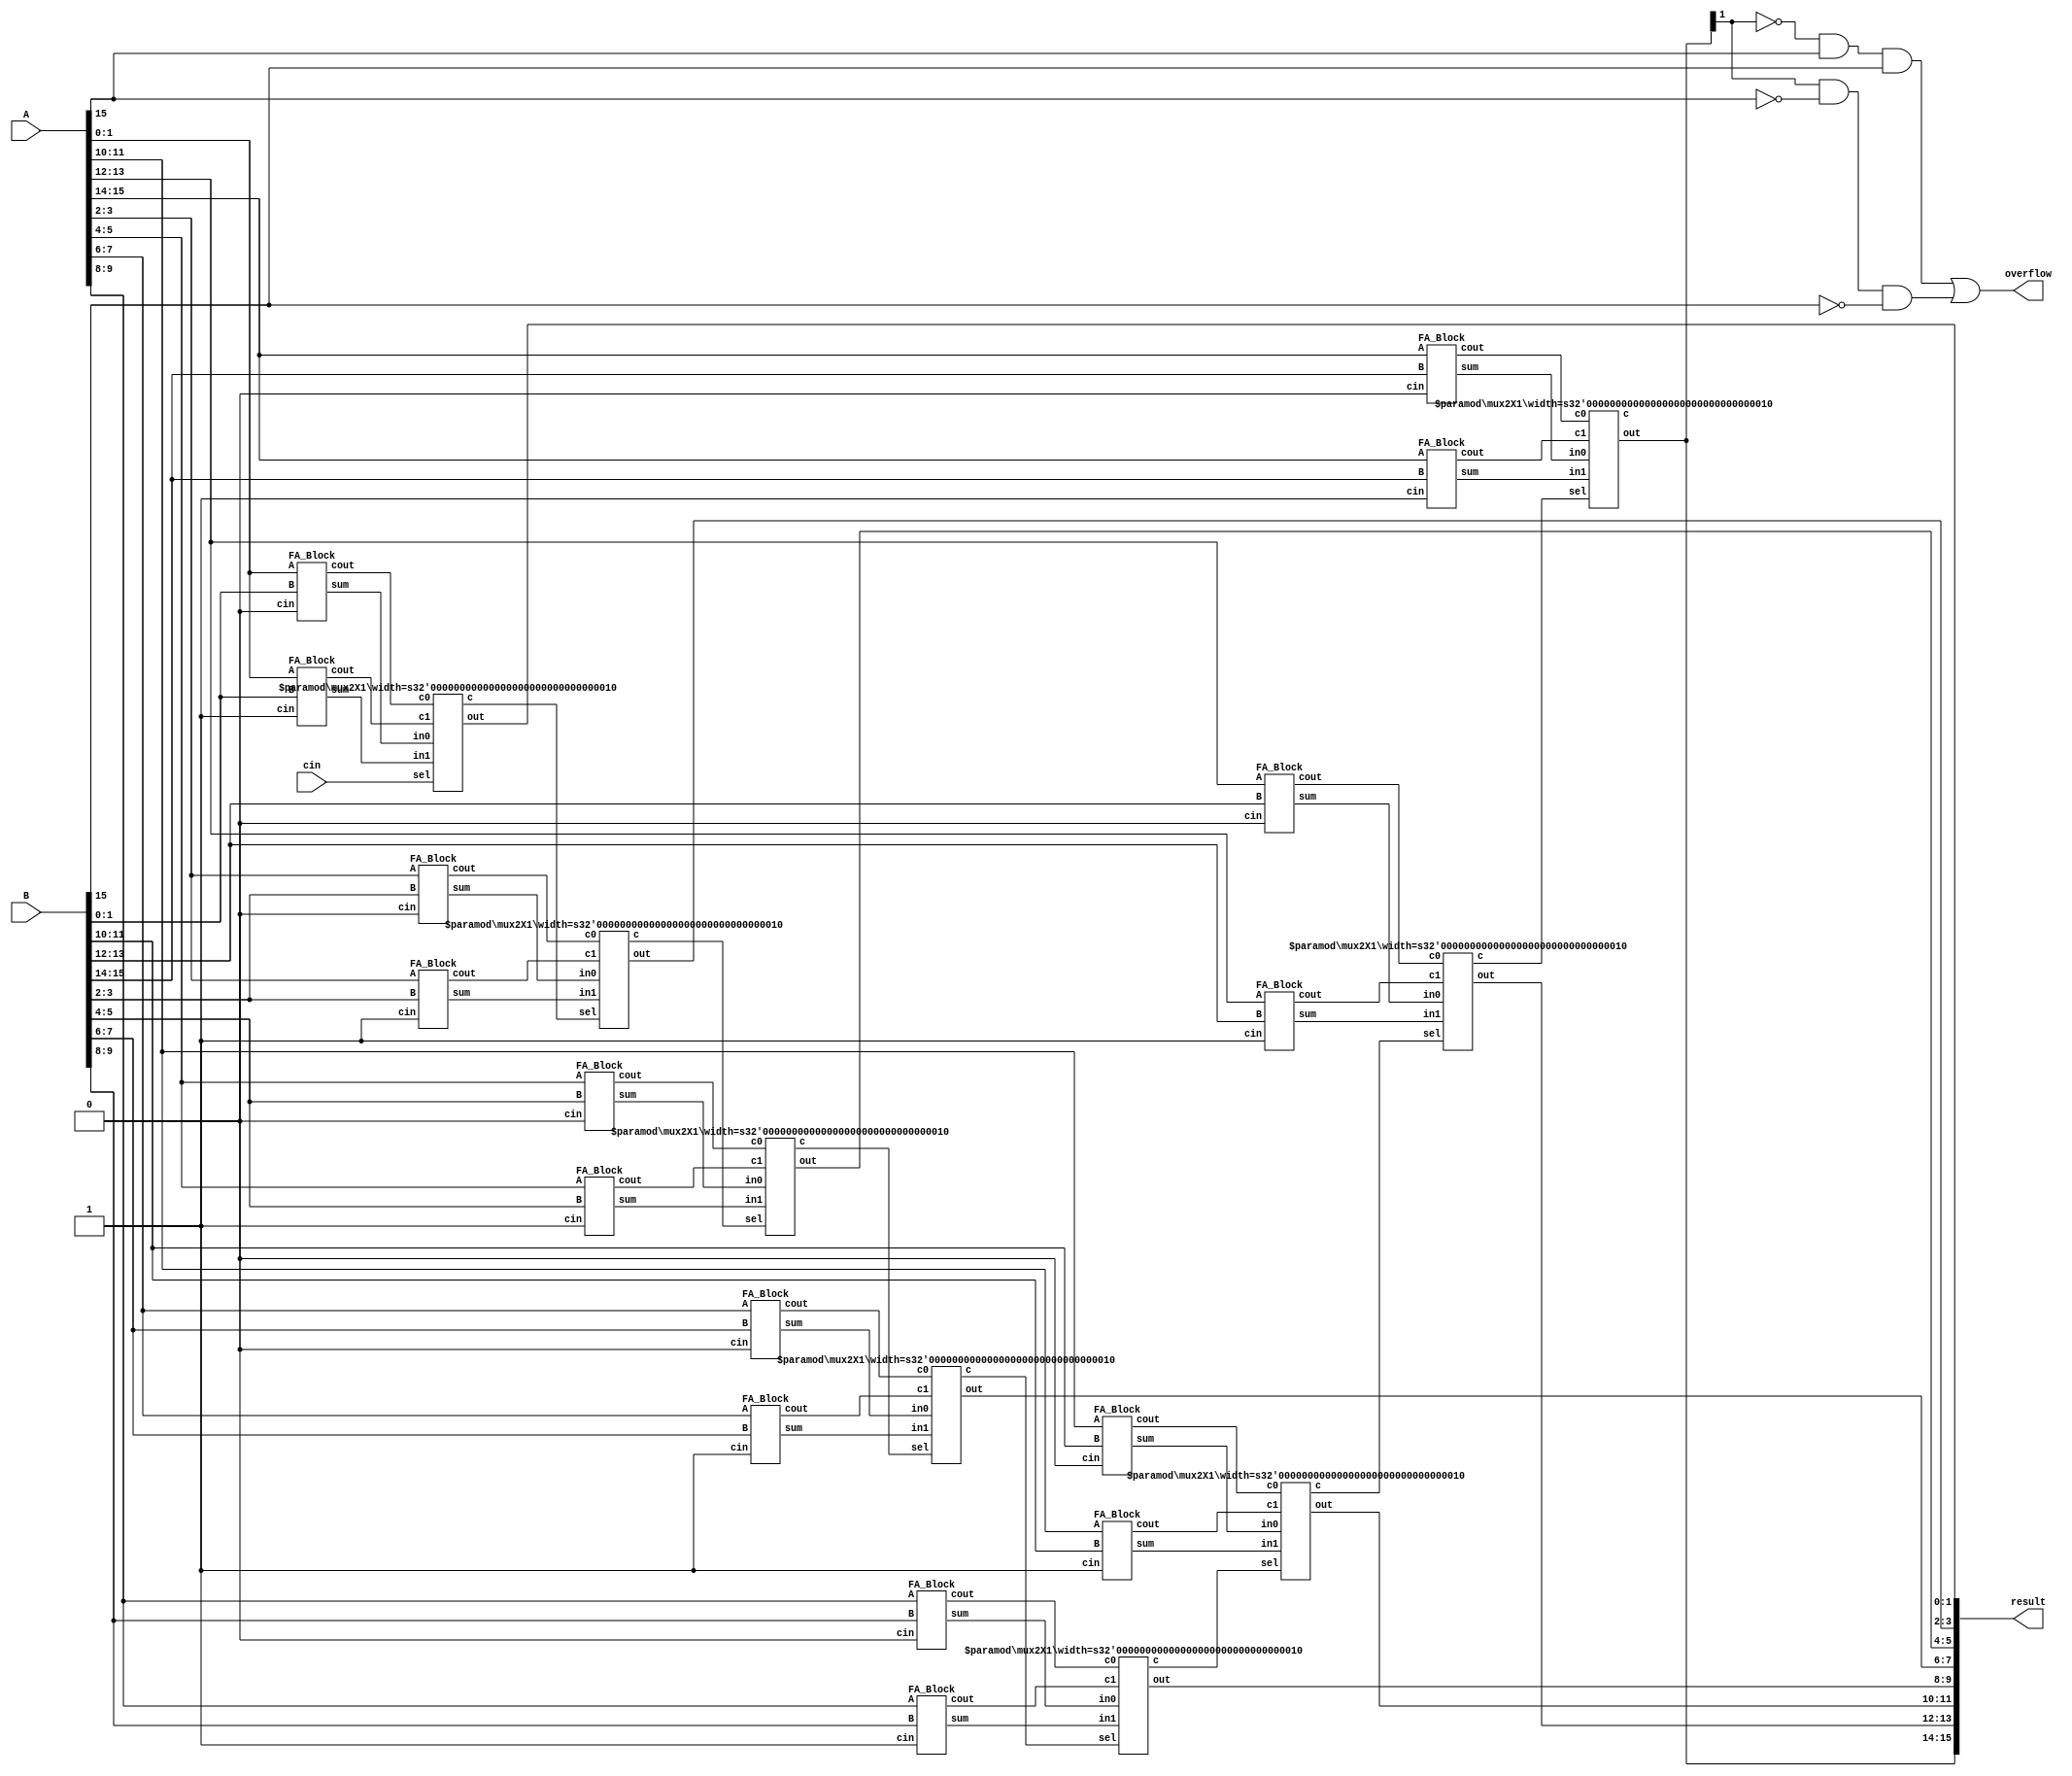
module Add_Sub
#(      
    parameter DATA_WIDTH = 16
 )

(
    input signed[DATA_WIDTH-1 : 0] A,
    input signed[DATA_WIDTH-1 : 0] B,
    output[DATA_WIDTH-1 : 0 ] result,
	output overflow,
	input cin
    
);

wire [DATA_WIDTH/2-1:0] c0,c1;
wire [DATA_WIDTH/2-1:0]c;
wire [DATA_WIDTH-1:0]result0;
wire [DATA_WIDTH-1:0]result1;
assign overflow = (~result[DATA_WIDTH-1]&A[DATA_WIDTH-1]&B[DATA_WIDTH-1])|(result[DATA_WIDTH-1]&(~A[DATA_WIDTH-1])&(~B[DATA_WIDTH-1]));

//---------------with input carry = 0 
  genvar i;

    generate 
	 FA_Block Add1_0(A[1:0],B[1:0],1'b0,result0[1:0],c0[0]);
	 FA_Block Add1_1(A[1:0],B[1:0],1'b1,result1[1:0],c1[0]);
	 mux2X1 #(2) ms0(
				.in0(result0[1:0]),
				.in1(result1[1:0]),
				.c0(c0[0]),
				.c1(c1[0]),
				.sel(cin),
				.out(result[1:0]),
				.c(c[0]));
								
        for ( i = 2; i <= DATA_WIDTH-1; i = i + 2 )
        begin
         
						 FA_Block Add1_0(A[i+1:i],B[i+1:i],1'b0,result0[i+1:i],c0[i-i/2]);
						 FA_Block Add1_1(A[i+1:i],B[i+1:i],1'b1,result1[i+1:i],c1[i-i/2]);
						 mux2X1 #(2) ms0(
								.in0(result0[i+1:i]),
								.in1(result1[i+1:i]),
								.c0(c0[i-i/2]),
								.c1(c1[i-i/2]),
								.sel(c[i-i/2-1]),
								.out(result[i+1:i]),
								.c(c[i-i/2]));
							

        end 
    endgenerate  
	


endmodule

module FA_Block(A,B,cin,sum,cout);
input [1:0] A,B;
input cin;
output [1:0] sum;
output cout;
wire c1,c2;
full_Adder fA0(
.A(A[0]),
.B(B[0]),
.cin(cin),
.sum(sum[0]),
.cout(c1));

full_Adder fA1(
.A(A[1]),
.B(B[1]),
.cin(c1),
.sum(sum[1]),
.cout(cout));
endmodule


//------------------------------
//-----------MUX 2x1------------
//------------------------------
module mux2X1( in0,in1,c0,c1,sel,out,c);
parameter width=16; 
input [width-1:0] in0,in1;
input c0,c1;
output c;
input sel;
output [width-1:0] out;
assign out=(sel)?in1:in0;
assign c=(sel)?c1:c0;
endmodule


/////////////////////
//1Bit Full Adder
/////////////////////
 
module full_Adder(A,B,cin,sum, cout);
input A,B,cin;
output sum, cout;
 
wire x,y,z;
 
half_Adder h1(.A(A), .B(B), .sum(x), .cout(y));
half_Adder h2(.A(x), .B(cin), .sum(sum), .cout(z));
or or_1(cout,z,y);
endmodule
 
//////////////////////
// 1 Bit HAlf Adder
//////////////////////
 
module half_Adder( A,B, sum, cout );
input A,B;
output sum, cout;
xor xor_1 (sum,A,B);
and And_1 (cout,A,B);
endmodule